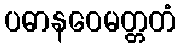
ပဓာနဝေမတ္တတံ